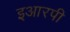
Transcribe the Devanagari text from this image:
इआरपी